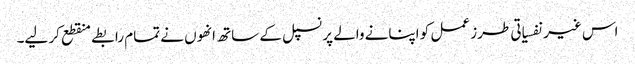
اس غیر نفسیاتی طرز عمل کو اپنانے والے پرنسپل کے ساتھ انھوں نے تمام رابطے منقطع کر لیے۔